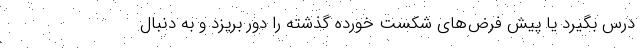
درس بگیرد یا پیش فرض‌های شکست خورده گذشته را دور بریزد و به دنبال